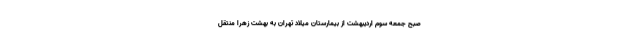
صبح جمعه سوم اردیبهشت از بیمارستان میلاد تهران به بهشت زهرا منتقل